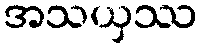
အသယှဿ